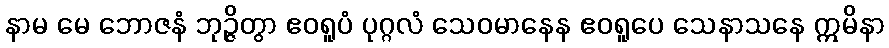
နာမ မေ ဘောဇနံ ဘုဉ္ဇိတွာ ဧဝရူပံ ပုဂ္ဂလံ သေဝမာနေန ဧဝရူပေ သေနာသနေ ဣမိနာ